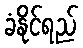
ခံနိုင်ရည်